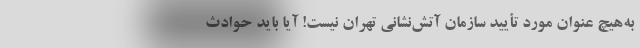
به‌هیچ عنوان مورد تأیید سازمان آتش‌نشانی تهران نیست! آیا باید حوادث